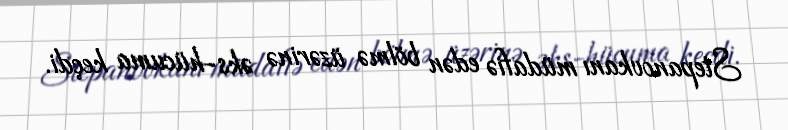
Stepanovkanı müdafiə edən bölmə üzərinə əks-hücuma keçdi.